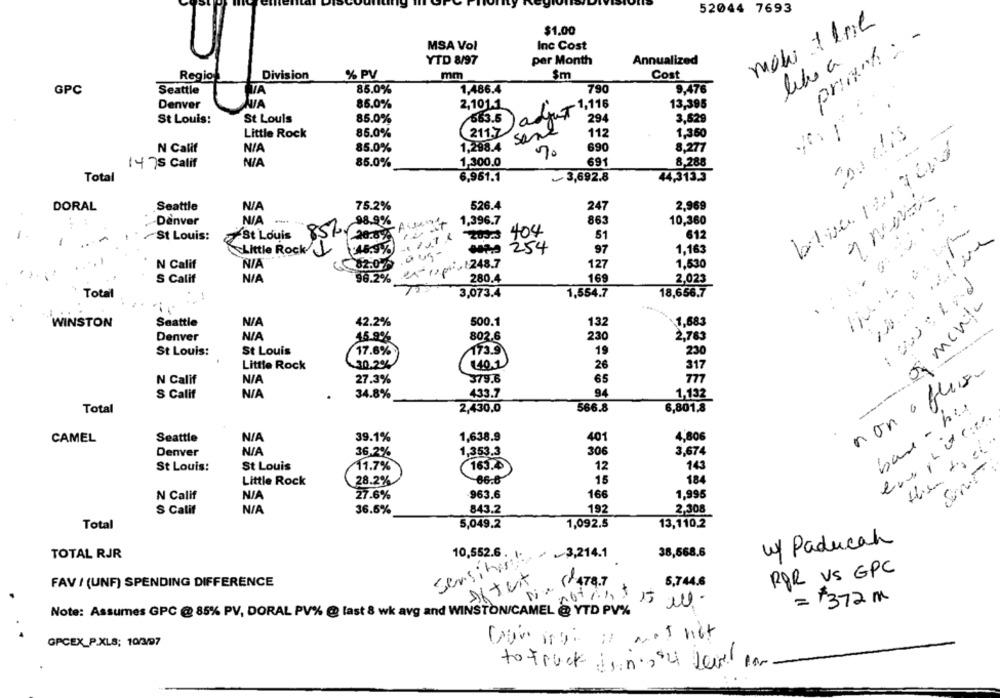
52044 7693
mohi 1 bril
$1.00
primch : -
MSA Vol
Inc Cost
YTD 8/97
per Month
Annualized
libro a
Regio
Division
% PV
mm
$m
Cost
GPC
Seattle
85.0%
1,486.4
790
9,476
VA
Denver
WA
86.0%
2,101.1
adjut 1,198
13,395
St Louis:
St Louis
85.0%
663.5
294
3,529
Little Rock
85.0%
2117
same
112
1,350
200 das
1,298.4
690
N Calif
85.0%
8.277
8,288
1475 Calif
85.0%
1,300.0
691
Total
6,951.1
~ 3,692.8
44,313.3
DORAL
Seattle
75.2%
526.4
247
2.969
Denver
98.9%
- Aisance
1,396.7
863
10,360
St Louis:
St Louis
20.8%
51
612
Little Rock
46.9%)
97
1,163
402.07 .049-
N Calif
earpro1248.7
127
1,530
S Calif
96.2%
280.4
169
2,023
Total
3,073.4
1,554.7
18,656.7
of menta
132
WINSTON
Seattle
42.2%
500.1
1,683
802.6
2,783
Denver
15.9%
230
St Louis:
St Louis
17.6%
173.9
19
230
40.1
Little Rock
30.2%
26
317
non afflusso
N Calif
27.3%
379.6
65
777
S Calif
34.8%
433.7
94
1,132
base - his
Total
2,430.0
566.8
6,801,8
CAMEL
Seattle
39.1%
1,638.9
401
4,806
Denver
36.2%
1,353.3
306
3,674
St Louis:
St Louis
11.7%
163.4
12
143
Little Rock
28.2%
15
184
N Calif
27.6%
963.6
166
1,995
S Calif
843.2
192
2,308
36.6%
1,092.5
13,110.2
Total
5,049.2
up Paducah
TOTAL RJR
sensitive.
10,552.6
3,214.1
38,568.6
POR VS GPC
FAV / (UNF) SPENDING DIFFERENCE
After
(478.7
5,744.6
=+372m
Note: Assumes GPC @ 85% PV, DORAL PV% @ last 8 wk avg and WINSTON/CAMEL @ YTD PV%
GPCEX_P.XLS; 10/3/97
to truck in